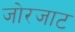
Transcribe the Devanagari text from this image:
जोरजाट